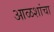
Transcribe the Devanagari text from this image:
आळशांचा